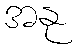
အနု